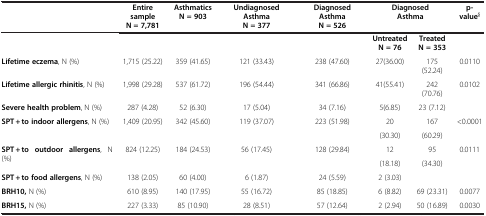
|  | Entire sample N = 7,781 | Asthmatics N = 903 | Undiagnosed Asthma N = 377 | Diagnosed Asthma N = 526 | <COLSPAN=2> Diagnosed Asthma | p-value§ |
 | --- | --- | --- | --- | --- | --- | --- | --- |
 |  |  |  |  |  | Untreated N = 76 | Treated N = 353 |  |
 | Lifetime eczema, N (%) | 1,715 (25.22) | 359 (41.65) | 121 (33.43) | 238 (47.60) | 27(36.00) | 175 (52.24) | 0.0110 |
 | Lifetime allergic rhinitis, N (%) | 1,998 (29.28) | 537 (61.72) | 196 (54.44) | 341 (66.86) | 41(55.41) | 242 (70.76) | 0.0102 |
 | Severe health problem, N (%) | 287 (4.28) | 52 (6.30) | 17 (5.04) | 34 (7.16) | 5(6.85) | 23 (7.12) |  |
 | SPT + to indoor allergens, N (%) | 1,409 (20.95) | 342 (45.60) | 119 (37.07) | 223 (51.98) | 20 | 167 | <0.0001 |
 |  |  |  |  |  | (30.30) | (60.29) |  |
 | SPT + to outdoor allergens, N (%) | 824 (12.25) | 184 (24.53) | 56 (17.45) | 128 (29.84) | 12 | 95 | 0.0111 |
 |  |  |  |  |  | (18.18) | (34.30) |  |
 | SPT + to food allergens, N (%) | 138 (2.05) | 60 (4.00) | 6 (1.87) | 24 (5.59) | 2 (3.03) |  |  |
 | BRH10, N (%) | 610 (8.95) | 140 (17.95) | 55 (16.72) | 85 (18.85) | 6 (8.82) | 69 (23.31) | 0.0077 |
 | BRH15, N (%) | 227 (3.33) | 85 (10.90) | 28 (8.51) | 57 (12.64) | 2 (2.94) | 50 (16.89) | 0.0030 |